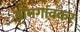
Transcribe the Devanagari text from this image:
डोमगांवकर